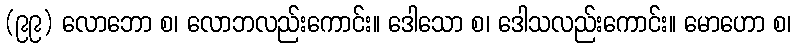
(၉၉) လောဘော စ၊ လောဘလည်းကောင်း။ ဒေါသော စ၊ ဒေါသလည်းကောင်း။ မောဟော စ၊